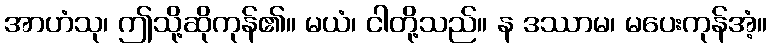
အာဟံသု၊ ဤသို့ဆိုကုန်၏။ မယံ၊ ငါတို့သည်။ န ဒဿာမ၊ မပေးကုန်အံ့။